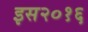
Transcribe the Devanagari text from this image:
इस२०१६